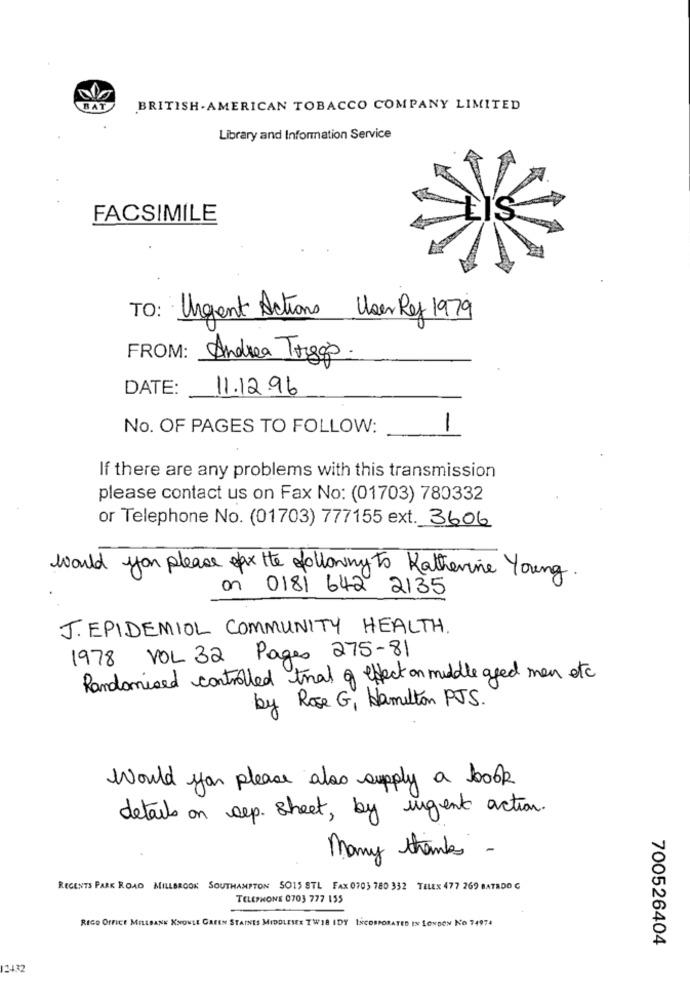
BAT
BRITISH -AMERICAN TOBACCO COMPANY LIMITED
Library and Information Service
FACSIMILE
TO: Urgent Actions User Rey 1979
FROM: Andrea Tiggo.
DATE:
11.12.96
No. OF PAGES TO FOLLOW:
If there are any problems with this transmission
please contact us on Fax No: (01703) 780332
or Telephone No. (01703) 777155 ext. 3606
would you please fax the following to Katherine Young
on
0181 642 2135
J.EPIDEMIOL COMMUNITY HEALTH.
1978 VOL 32 Pages 275-81
Randomised controlled tral of effect on middle aged men etc
by Rose G, Hamilton PJS.
Would you please also supply a book
details on sep. Sheet, by urgent action.
Many thanks -
REGENTS PARK ROAD MILLBROOK SOUTHAMPTON SO15 STL FAX 0703 780 332 TELEX 477 269 BATADO C
TELEPHONE 0703 777 155
REGO OFFICE MILLBANK KNOWLE GREEN STAINES MIDDLESEX TW18 IDY INCORPORATED IN LONDON NO 74974
700526404
12432